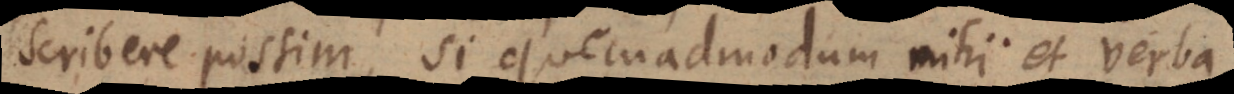
scribere possim, si quemadmodum mihi et verba